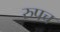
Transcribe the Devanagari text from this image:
रुपच